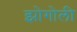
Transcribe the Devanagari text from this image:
झोगोली